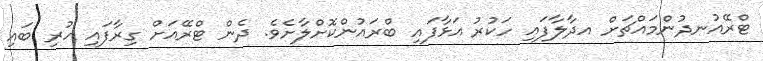
ޓްރޭއުނދުންމައްޗަށް އދާލާފައި ހަކުރު އަޅާފައި ބްރައުންކޮށްލާށެވެ. ދެން ޓްރޭއަށް ގިރާފައި ހުރި ބައި